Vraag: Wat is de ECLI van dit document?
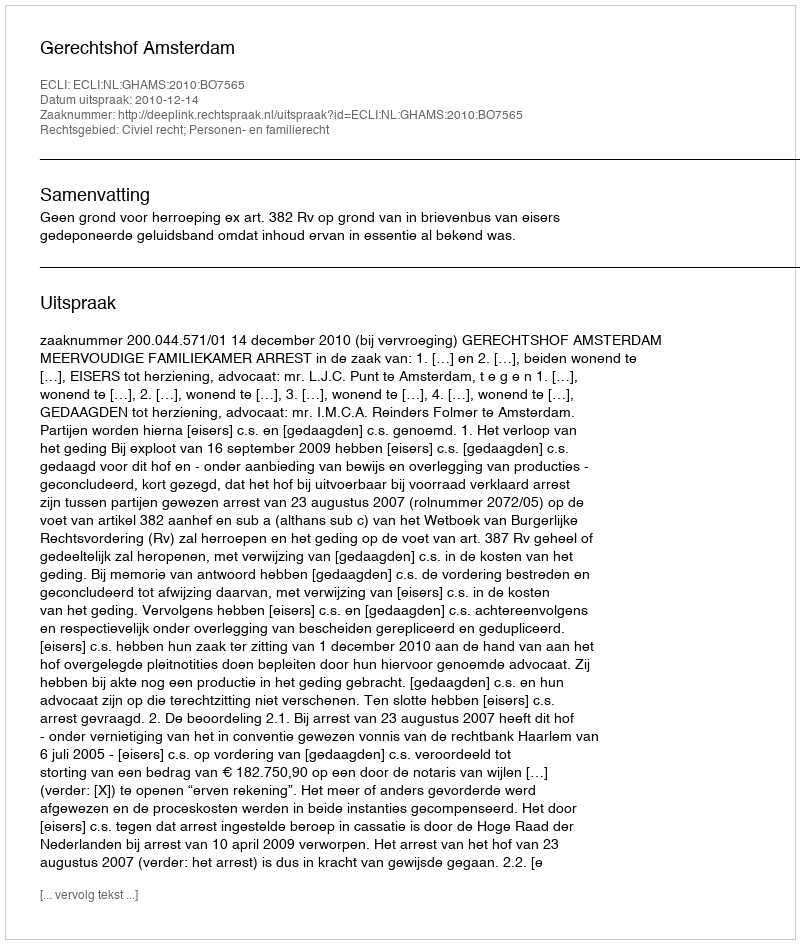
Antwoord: ECLI:NL:GHAMS:2010:BO7565